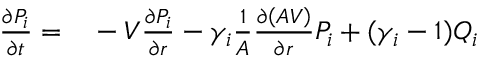
\begin{array} { r l } { \frac { \partial P _ { i } } { \partial t } = } & { { } - V \frac { \partial P _ { i } } { \partial r } - \gamma _ { i } \frac { 1 } { A } \frac { \partial \left( A V \right) } { \partial r } P _ { i } + ( \gamma _ { i } - 1 ) Q _ { i } } \end{array}